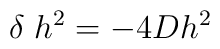
\delta \; h^2 = -4 D h^2